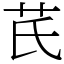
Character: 芪